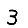
Digit: 3